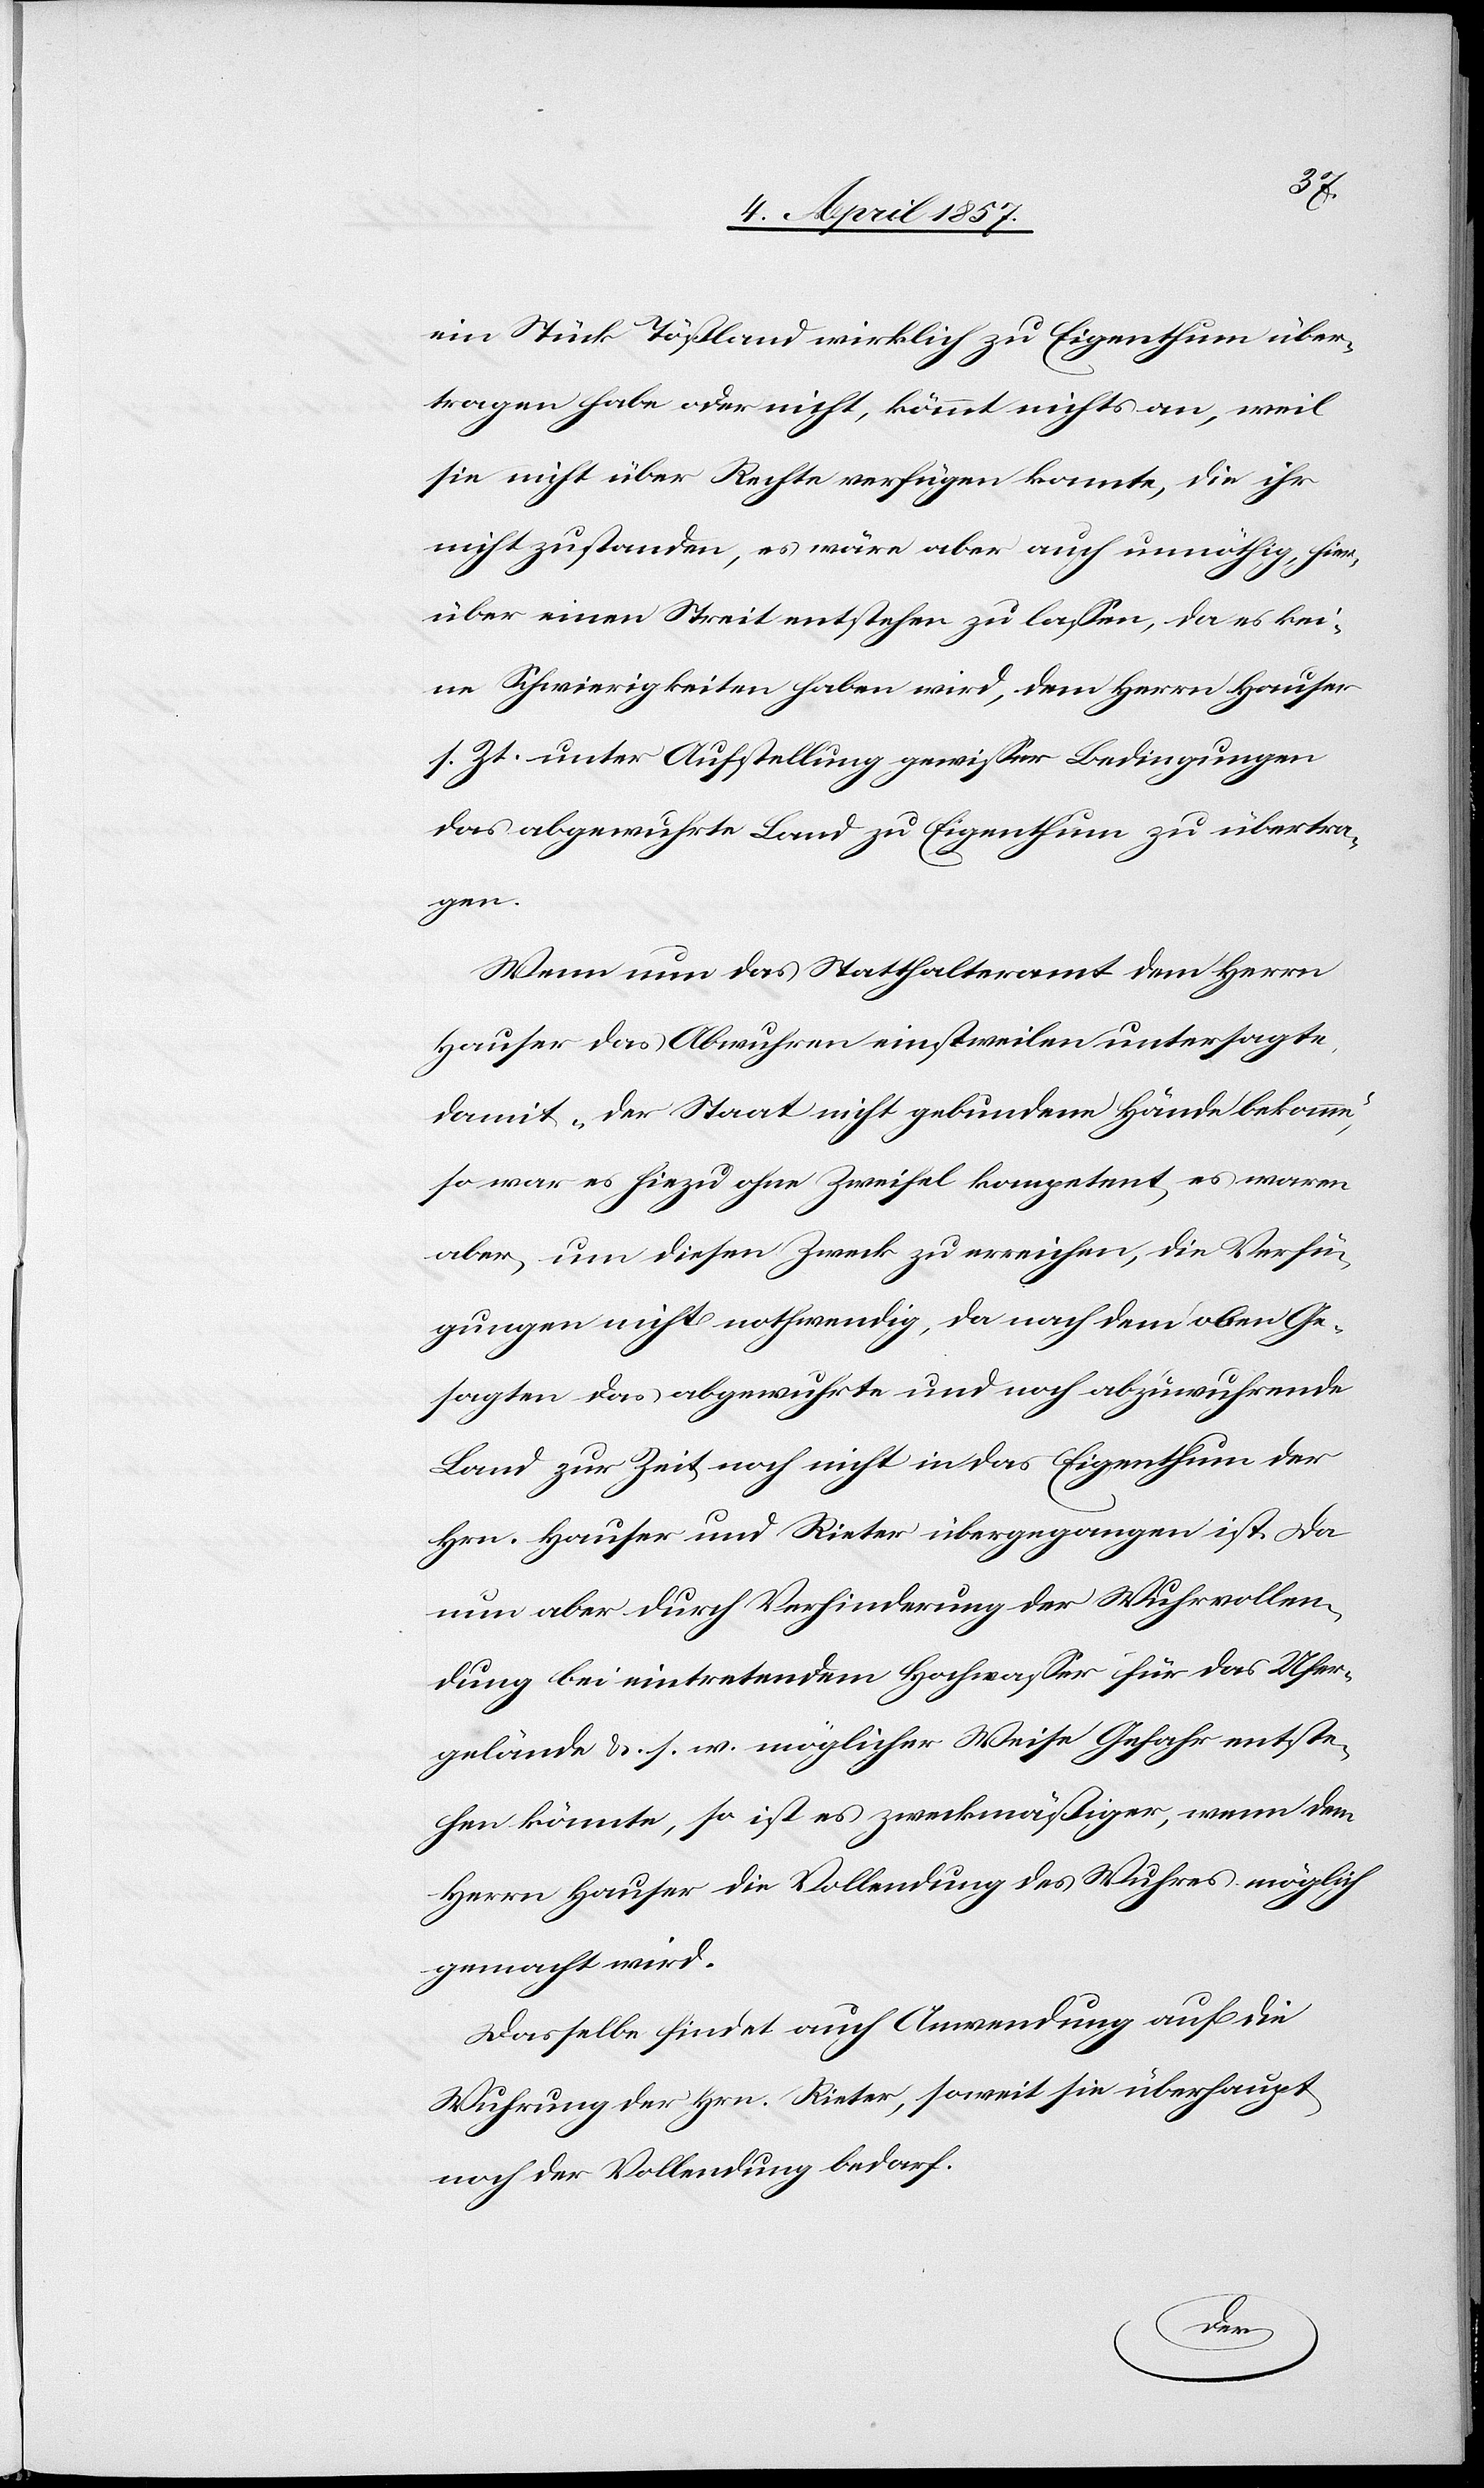
ein Stück Tößland wirklich zu Eigenthum über¬
tragen habe oder nicht, kömmt nichts an, weil
sie nicht über Rechte verfügen konnte, die ihr
nicht zustanden, es wäre aber auch unnöthig, hier¬
über einen Streit entstehen zu lassen, da es kei¬
ne Schwierigkeiten haben wird, dem Herrn Hauser
s. Zt. unter Aufstellung gewisser Bedingungen
das abgewuhrte Land zu Eigenthum zu übertra¬
gen.
Wenn nun das Statthalteramt dem Herrn
Hauser das Abwuhren einstweilen untersagte,
damit „der Staat nicht gebundene Hände bekomme“,
so war es hiezu ohne Zweifel kompetent, es waren
aber, um diesen Zweck zu erreichen, die Verfü¬
gungen nicht nothwendig, da nach dem oben Ge¬
sagten das abgewuhrte und noch abzuwuhrende
Land zur Zeit noch nicht in das Eigenthum der
Hrn. Hauser und Rieter übergangen ist. Da
nun aber durch Verhinderung der Wuhrvollen¬
dung bei eintretendem Hochwasser für das Ufer¬
gelände &. s. w. möglicher Weise Gefahr entste¬
hen könnte, so ist es zweckmäßiger, wenn dem
Herrn Hauser die Vollendung des Wuhres möglich
gemacht wird.
Dasselbe findet auch Anwendung auf die
Wuhrung der Hrn. Rieter, soweit sie überhaupt
noch der Vollendung bedarf.